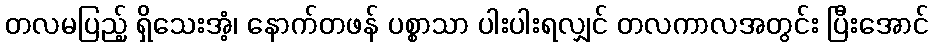
တလမပြည့် ရှိသေးအံ့၊ နောက်တဖန် ပစ္စာသာ ပါးပါးရလျှင် တလကာလအတွင်း ပြီးအောင်